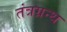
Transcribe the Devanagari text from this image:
तंत्रग्रन्थ